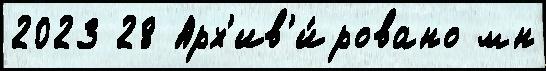
2023 28 Арх'ив'и́ровано мн